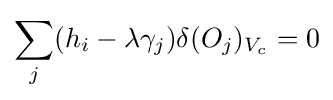
\sum _{j}(h_{i}-\lambda \gamma _{j})\delta (O_{j})_{V_{c}}=0\,\!